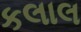
કલાલ